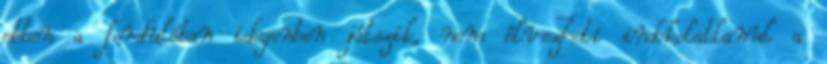
ebben a fordulóban idegenben játszik, nem élvezheti indokolatlanul a